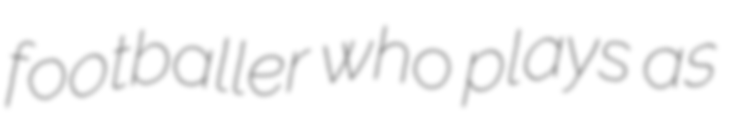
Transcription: footballer who plays as